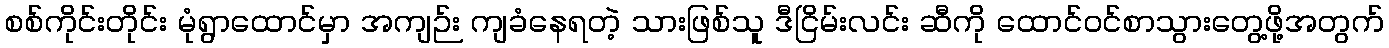
စစ်ကိုင်းတိုင်း မုံရွာထောင်မှာ အကျဉ်း ကျခံနေရတဲ့ သားဖြစ်သူ ဒီငြိမ်းလင်း ဆီကို ထောင်ဝင်စာသွားတွေ့ဖို့အတွက်